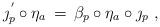
LaTeX: \begin{align*}\jmath^{ \,'}_p \circ \eta_a \, = \, \beta_p \circ \eta_a \circ \jmath_p \ ,\end{align*}